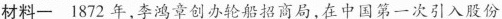
材料一 1872年，李鸿章创办轮船招商局，在中国第一次引入股份